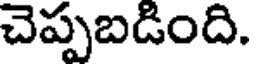
చెప్పబడింది.